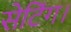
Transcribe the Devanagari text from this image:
सेटिंग।